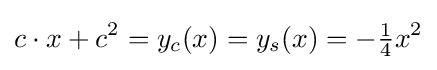
c\cdot x+c^{2}=y_{c}(x)=y_{s}(x)=-{\tfrac {1}{4}}x^{2}